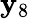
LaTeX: \mathbf{y}_{8}